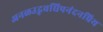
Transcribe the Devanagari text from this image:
अनळउद्भवधिपनंदनप्रिय